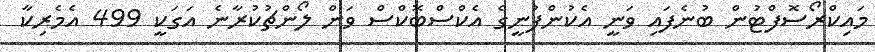
މައިކްރޯސޮފްޓުން ބުނެފައި ވަނީ އެކުންފުނީގެ އެކްސްބޮކްސް ވަން ލޯންޗުކުރާނެ އަގަކީ 499 އެމެރިކާ